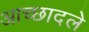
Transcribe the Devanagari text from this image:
आच्छादले